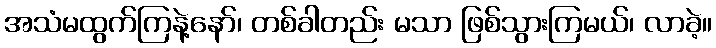
အသံမထွက်ကြနဲ့နော်၊ တစ်ခါတည်း မသာ ဖြစ်သွားကြမယ်၊ လာခဲ့။